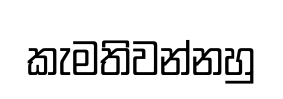
කැමතිවන්නහු